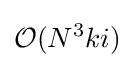
{\mathcal {O}}(N^{3}ki)